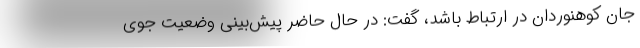
جان کوهنوردان در ارتباط باشد، گفت: در حال حاضر پیش‌بینی وضعیت جوی